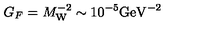
G _ { F } = M _ { \mathrm { W } } ^ { - 2 } \sim 1 0 ^ { - 5 } \mathrm { G e V } ^ { - 2 }